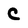
Character: C